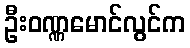
ဦးဝဏ္ဏမောင်လွင်က